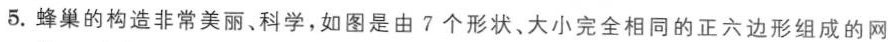
5.蜂巢的构造非常美丽、科学，如图是由7个形状、大小完全相同的正六边形组成的网